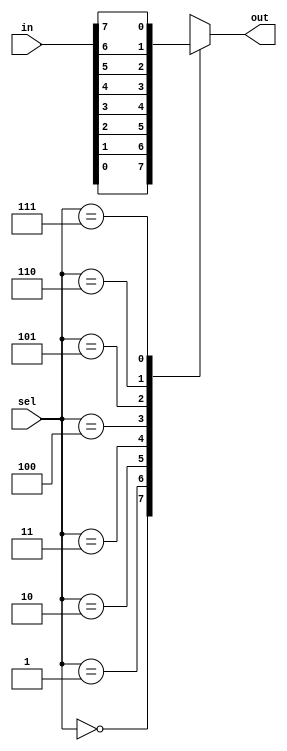
module mux_8to1(input [7:0] in,
                input [2:0] sel,
                output reg out);

always @(*) begin
    case(sel)
        3'b000: out = in[0];
        3'b001: out = in[1];
        3'b010: out = in[2];
        3'b011: out = in[3];
        3'b100: out = in[4];
        3'b101: out = in[5];
        3'b110: out = in[6];
        3'b111: out = in[7];
        default: out = 0; // default case to handle unexpected inputs
    endcase
end

endmodule